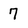
Character: 7